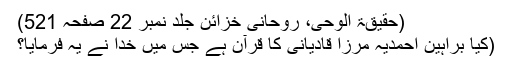
(حقیقۃ الوحی، روحانی خزائن جلد نمبر 22 صفحہ 521)
(کیا براہین احمدیہ مرزا قادیانی کا قرآن ہے جس میں خدا نے یہ فرمایا؟